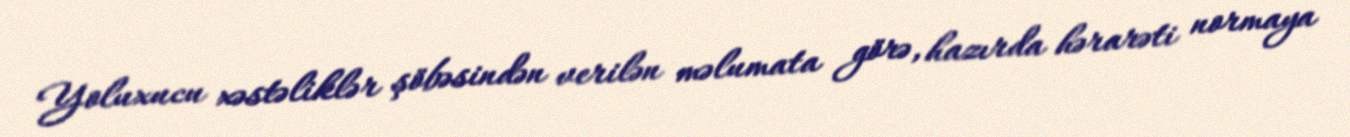
Yoluxucu xəstəliklər şöbəsindən verilən məlumata görə, hazırda hərarəti normaya